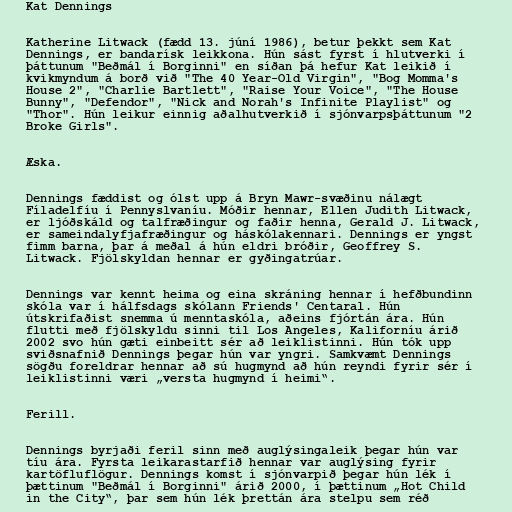
Kat Dennings

Katherine Litwack (fædd 13. júní 1986), betur þekkt sem Kat
Dennings, er bandarísk leikkona. Hún sást fyrst í hlutverki í
þáttunum "Beðmál í Borginni" en síðan þá hefur Kat leikið í
kvikmyndum á borð við "The 40 Year-Old Virgin", "Bog Momma's
House 2", "Charlie Bartlett", "Raise Your Voice", "The House
Bunny", "Defendor", "Nick and Norah's Infinite Playlist" og
"Thor". Hún leikur einnig aðalhutverkið í sjónvarpsþáttunum "2
Broke Girls".

Æska.

Dennings fæddist og ólst upp á Bryn Mawr-svæðinu nálægt
Fíladelfíu í Pennyslvaníu. Móðir hennar, Ellen Judith Litwack,
er ljóðskáld og talfræðingur og faðir henna, Gerald J. Litwack,
er sameindalyfjafræðingur og háskólakennari. Dennings er yngst
fimm barna, þar á meðal á hún eldri bróðir, Geoffrey S.
Litwack. Fjölskyldan hennar er gyðingatrúar.

Dennings var kennt heima og eina skráning hennar í hefðbundinn
skóla var í hálfsdags skólann Friends' Centaral. Hún
útskrifaðist snemma ú menntaskóla, aðeins fjórtán ára. Hún
flutti með fjölskyldu sinni til Los Angeles, Kaliforníu árið
2002 svo hún gæti einbeitt sér að leiklistinni. Hún tók upp
sviðsnafnið Dennings þegar hún var yngri. Samkvæmt Dennings
sögðu foreldrar hennar að sú hugmynd að hún reyndi fyrir sér í
leiklistinni væri „versta hugmynd í heimi“.

Ferill.

Dennings byrjaði feril sinn með auglýsingaleik þegar hún var
tíu ára. Fyrsta leikarastarfið hennar var auglýsing fyrir
kartöfluflögur. Dennings komst í sjónvarpið þegar hún lék í
þættinum "Beðmál í Borginni" árið 2000, í þættinum „Hot Child
in the City“, þar sem hún lék þrettán ára stelpu sem réð